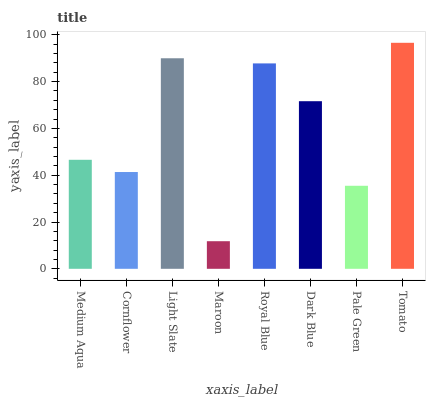
| xaxis_label | bars |
 | --- | --- |
 | Medium Aqua | 46.6 |
 | Cornflower | 41.4 |
 | Light Slate | 90 |
 | Maroon | 11.8 |
 | Royal Blue | 87.8 |
 | Dark Blue | 71.6 |
 | Pale Green | 35.5 |
 | Tomato | 96.6 |